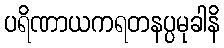
ပရိဏာယကရတနပ္ပမုခါနိ